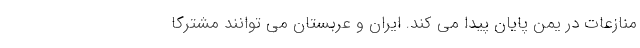
منازعات در یمن پایان پیدا می کند. ایران و عربستان می توانند مشترکاً